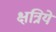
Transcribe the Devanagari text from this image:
क्षत्रिये